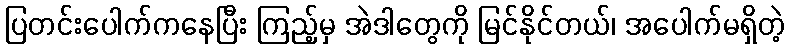
ပြတင်းပေါက်ကနေပြီး ကြည့်မှ အဲဒါတွေကို မြင်နိုင်တယ်၊ အပေါက်မရှိတဲ့